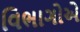
વિભાગોએ